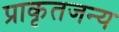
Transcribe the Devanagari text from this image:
प्राकृतजन्य